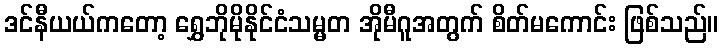
ဒင်နီယယ်ကတော့ ရွှေဘိုမိုနိုင်ငံသမ္မတ အိုမီဂူအတွက် စိတ်မကောင်း ဖြစ်သည်။